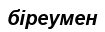
біреумен